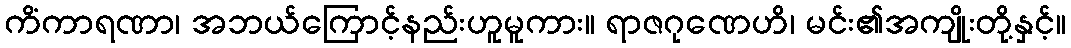
ကိံကာရဏာ၊ အဘယ်ကြောင့်နည်းဟူမူကား။ ရာဇဂုဏေဟိ၊ မင်း၏အကျိုးတို့နှင့်။